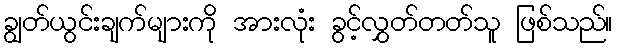
ချွတ်ယွင်းချက်များကို အားလုံး ခွင့်လွှတ်တတ်သူ ဖြစ်သည်။